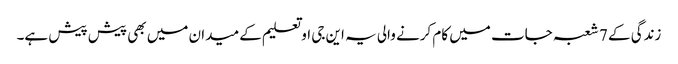
زندگی کے 7 شعبہ جات میں کام کرنے والی یہ این جی او تعلیم کے میدان میں بھی پیش پیش ہے۔